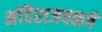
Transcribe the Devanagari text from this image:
मंदिराजवळचे